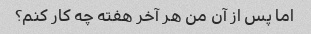
اما پس از آن من هر آخر هفته چه کار کنم؟